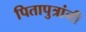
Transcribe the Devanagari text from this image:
पितापुत्रांनी